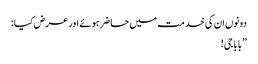
دونوں ان کی خدمت میں حاضر ہوئے اور عرض کیا:
”بابا جی!